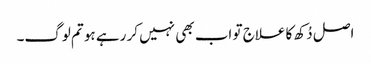
اصل دُکھ کا علاج تو اب بھی نہیں کر رہے ہو تم لوگ۔